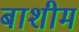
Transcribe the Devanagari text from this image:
बाशीम